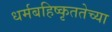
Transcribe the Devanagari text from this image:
धर्मबहिष्कृततेच्या